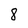
Character: 8